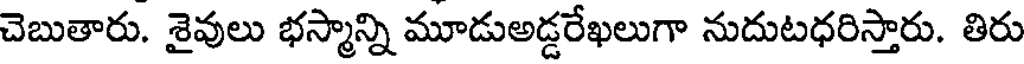
చెబుతారు. శైవులు భస్మాన్ని మూడుఅడ్డరేఖలుగా నుదుటధరిస్తారు. తిరు